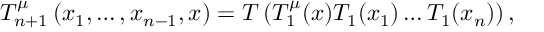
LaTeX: T _ { n + 1 } ^ { \mu } \left( x _ { 1 } , \ldots , x _ { n - 1 } , x \right) = { \cal T } \left( T _ { 1 } ^ { \mu } ( x ) T _ { 1 } ( x _ { 1 } ) \ldots T _ { 1 } ( x _ { n } ) \right) ,